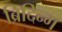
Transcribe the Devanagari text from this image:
ब्रिदिन्ग